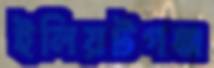
ইলিয়টগঞ্জ